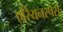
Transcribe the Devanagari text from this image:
एरियनस्पेस